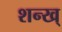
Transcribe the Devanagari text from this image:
शन्ख्